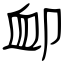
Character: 卹